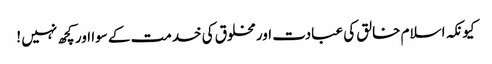
کیونکہ اسلام خالق کی عبادت اور مخلوق کی خدمت کے سوا اور کچھ نہیں !